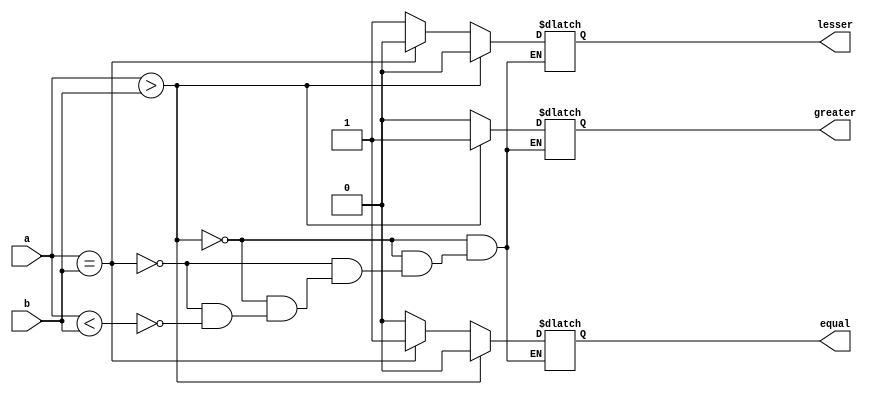
module n_bit_comparator(
    input [n-1:0] a,
    input [n-1:0] b,
    output reg greater,
    output reg equal,
    output reg lesser
    );
    parameter n=3 ;
    always @ (a,b)
    begin 
    
    if(a>b)
    begin
    greater = 1;
    equal   = 0;
    lesser  = 0;
    end 
    
    else if(a==b)
        begin
        greater = 0;
        equal   = 1;
        lesser  = 0;
        end 
    else if(a<b)
            begin
            greater = 0;
            equal   = 0;
            lesser  = 1;
            end 
    
    end        
endmodule